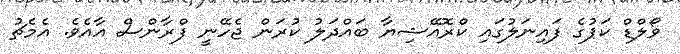
ވޯލްޑް ކަޕުގެ ފައިނަލުގައި ކްރޮއޭޝިޔާ ބައްދަލު ކުރަން ޖެހޭނީ ފްރާންސް އާއެވެ. އެމެޗު